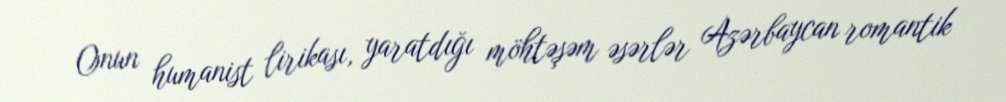
Onun humanist lirikası, yaratdığı möhtəşəm əsərlər Azərbaycan romantik